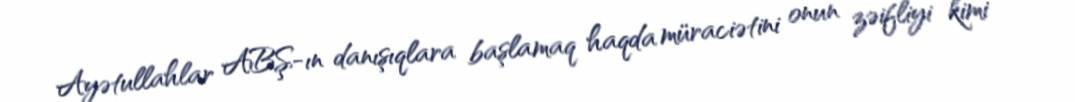
Ayətullahlar ABŞ-ın danışıqlara başlamaq haqda müraciətini onun zəifliyi kimi